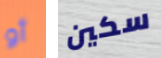
أو سكين